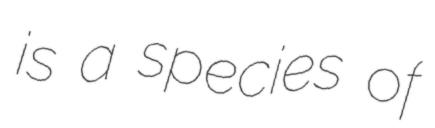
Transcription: is a species of